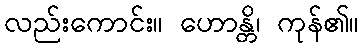
လည်းကောင်း။ ဟောန္တိ၊ ကုန်၏။